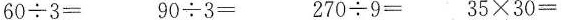
$$60 \div 3 =$$ $$9 0 \div 3 =$$ $$2 7 0 \div 9 =$$ $$3 5 \times 3 0 =$$